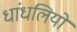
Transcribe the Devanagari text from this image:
धांधलियों